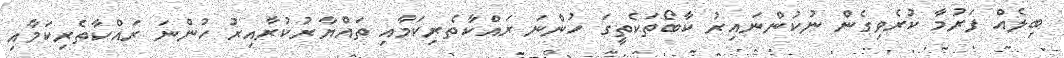
ބިލެއް ފަރުމާ ކުރެވިގެން ނުކުންނައިރު ކާބޯތަކެތީގަ ހުންނަ ރައްކާތެރިކަމާއި ތައްޔާރުކުރާއިރު ހުންނަ ރައްކާތެރިކަމާއި